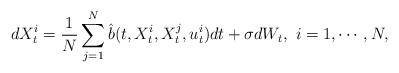
LaTeX: \begin{align*}dX_t^i=\frac{1}{N}\sum\limits_{j=1}^N \hat b(t,X_t^i,X_t^j,u_t^i)dt+\sigma dW_t,\,\,i=1,\cdots, N,\end{align*}